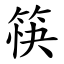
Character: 筷